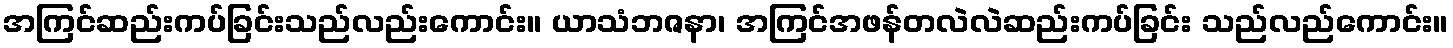
အကြင်ဆည်းကပ်ခြင်းသည်လည်းကောင်း။ ယာသံဘဇနာ၊ အကြင်အဖန်တလဲလဲဆည်းကပ်ခြင်း သည်လည်ကောင်း။